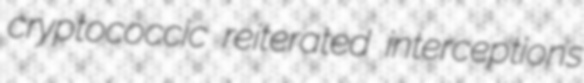
cryptococcic reiterated interceptions